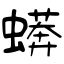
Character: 蠎